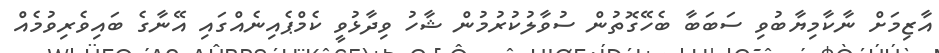
އާޒިމަށް ނާކާމިޔާބުވި ސަބަބާ ބެހޭގޮތުން ސުވާލުކުރުމުން ޝާހު ވިދާޅުވީ ކެމްޕެއިނެއްގައި އޭނާގެ ބައިވެރިވުމެއް